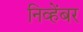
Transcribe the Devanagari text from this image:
निव्हेंबर